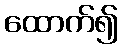
ထောက်၍